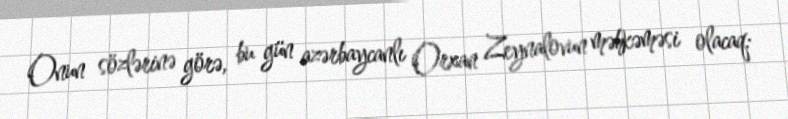
Onun sözlərinə görə, bu gün azərbaycanlı Orxan Zeynalovun məhkəməsi olacaq: